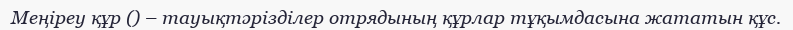
Меңіреу құр () – тауықтәрізділер отрядының құрлар тұқымдасына жататын құс.